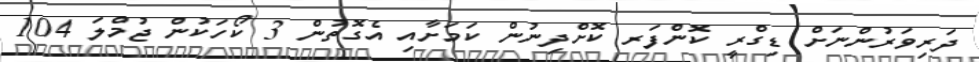
ދަރިވަރުންނަށް ޑިގްރީ ކޮންފަރ ކޮށްދިނުން ކަމަށާއި އެގޮތުން 3 ކޯހަކުން ޖުމްލަ 104